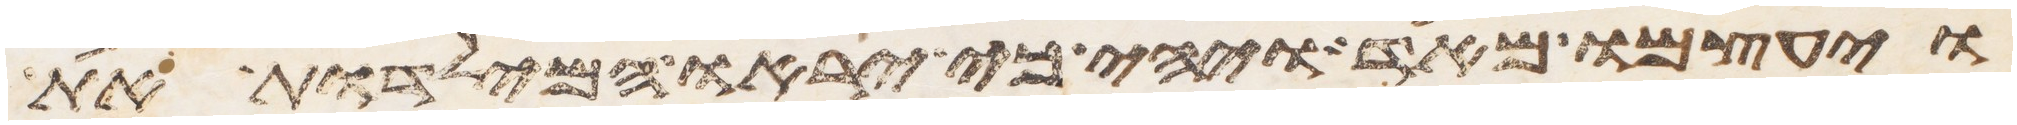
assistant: ויעצמו מאד ויהי כי יראו המילדות את